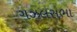
ગઝલસભા